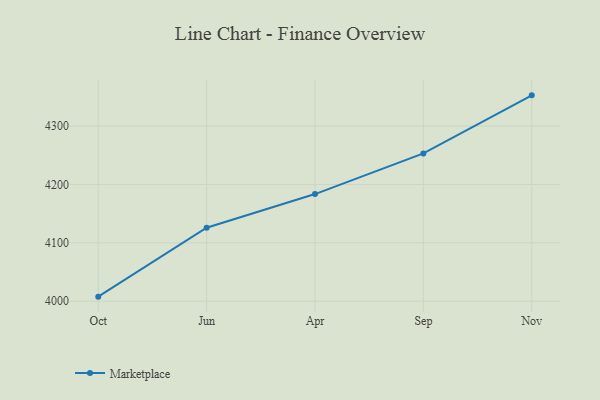
{"axis": {"x": "Month", "y": "Demand Index"}, "legend": ["Marketplace"], "data": [{"x": "Oct", "y": 4007.8, "type": "Marketplace"}, {"x": "Jun", "y": 4125.8, "type": "Marketplace"}, {"x": "Apr", "y": 4183.5, "type": "Marketplace"}, {"x": "Sep", "y": 4253.1, "type": "Marketplace"}, {"x": "Nov", "y": 4352.6, "type": "Marketplace"}]}